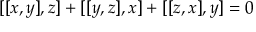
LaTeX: [ [ x , y ] , z ] + [ [ y , z ] , x ] + [ [ z , x ] , y ] = 0